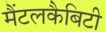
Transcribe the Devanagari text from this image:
मैंटलकैबिटी